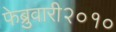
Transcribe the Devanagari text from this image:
फेब्रुवारी२०१०